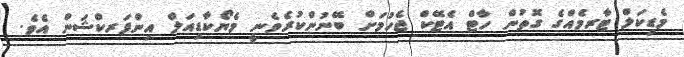
މެޑިކަލް ޓާރމެއްގެ ގޮތުން ހާޓް އެޓޭކް ޖެހުމަށް ބޭނުންކުރެވެނީ މެޔޯކާޑިއަލް އިންފަރކްޝަން އެވެ.